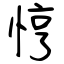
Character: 悙